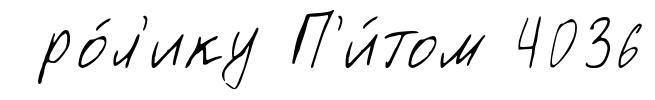
ро́л'ику П'и́том 4036